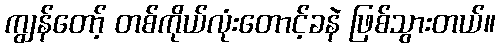
ကျွန်တော့် တစ်ကိုယ်လုံးတောင့်ခနဲ ဖြစ်သွားတယ်။